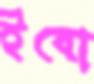
ইবো